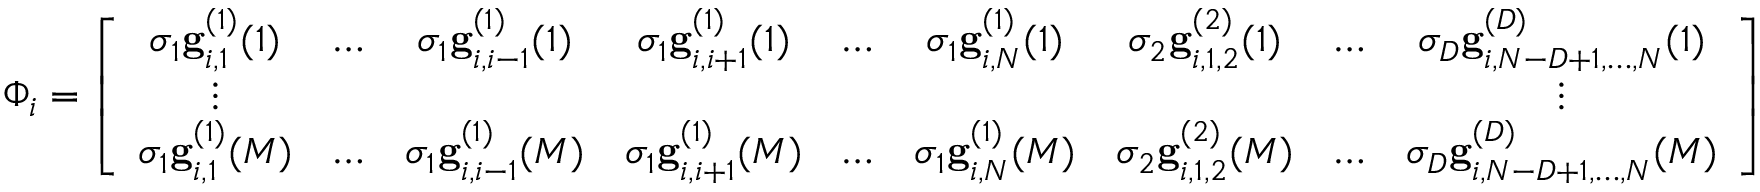
\Phi _ { i } = \left[ \begin{array} { c c c c c c c c c } { \sigma _ { 1 } \mathbf { g } _ { i , 1 } ^ { ( 1 ) } ( 1 ) } & { \ldots } & { \sigma _ { 1 } \mathbf { g } _ { i , i - 1 } ^ { ( 1 ) } ( 1 ) } & { \sigma _ { 1 } \mathbf { g } _ { i , i + 1 } ^ { ( 1 ) } ( 1 ) } & { \ldots } & { \sigma _ { 1 } \mathbf { g } _ { i , N } ^ { ( 1 ) } ( 1 ) } & { \sigma _ { 2 } \mathbf { g } _ { i , 1 , 2 } ^ { ( 2 ) } ( 1 ) } & { \ldots } & { \sigma _ { D } \mathbf { g } _ { i , N - D + 1 , \ldots , N } ^ { ( D ) } ( 1 ) } \\ { \vdots } & & & & & & & & { \vdots } \\ { \sigma _ { 1 } \mathbf { g } _ { i , 1 } ^ { ( 1 ) } ( M ) } & { \ldots } & { \sigma _ { 1 } \mathbf { g } _ { i , i - 1 } ^ { ( 1 ) } ( M ) } & { \sigma _ { 1 } \mathbf { g } _ { i , i + 1 } ^ { ( 1 ) } ( M ) } & { \ldots } & { \sigma _ { 1 } \mathbf { g } _ { i , N } ^ { ( 1 ) } ( M ) } & { \sigma _ { 2 } \mathbf { g } _ { i , 1 , 2 } ^ { ( 2 ) } ( M ) } & { \ldots } & { \sigma _ { D } \mathbf { g } _ { i , N - D + 1 , \ldots , N } ^ { ( D ) } ( M ) } \end{array} \right]